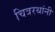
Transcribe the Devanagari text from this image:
चित्ररथांनी